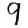
Digit: 9